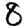
Digit: 8